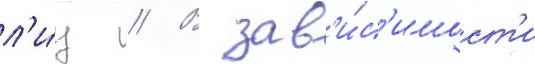
л'и́ц // В зав'и́с'имост'и